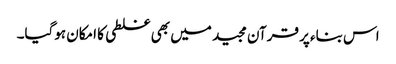
اس بناء پر قرآن مجید میں بھی غلطی کا امکان ہوگیا۔